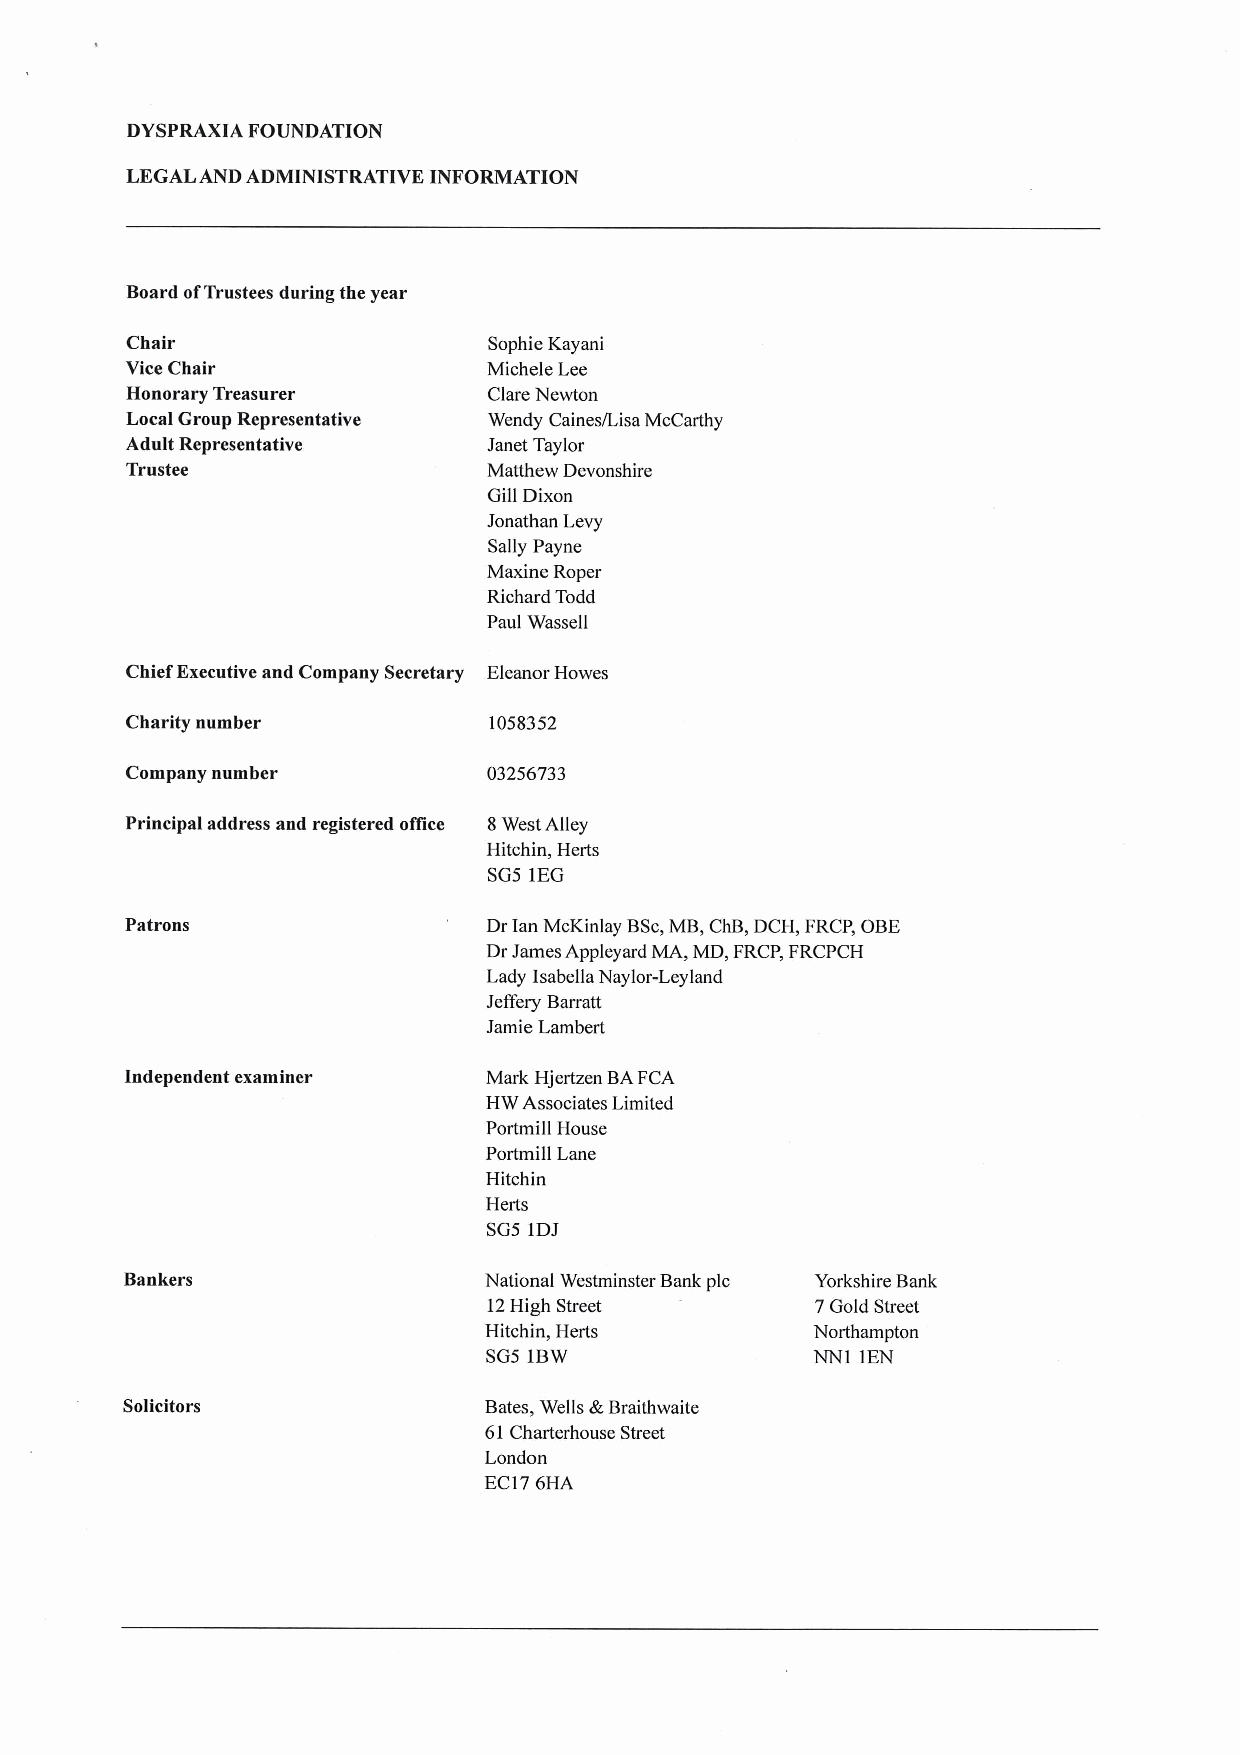
DYSPRAXIA FOUNDATION
 LEGALAND ADMINISTRATIVE INFORMATION
 Board ofTrustees during the year
 Chair                   Sophie Kayani
 Vice Chair              Michele Lee
 Honorary Treasurer      Clare Newton
 Local Group Representative Wendy Caines/Lisa McCarthy
 Adult Representative    Janet Taylor
 Trustee                 Matthew Devonshire
 Gill Dixon
 Jonathan Levy
 Sally Payne
 Maxine Roper
 Richard Todd
 Paul Wassell
 Chief Executive and Company Secretary Eleanor Howes
 Charity number          1058352
 Company number          03256733
 Principal address and registered office 8West Alley
 Hitchin, Herts
 SG5 1EG
 Patrons                 Dr Ian McKinlay BSc,MB,ChB,DCH, FRCP, OBE
 Dr James Appleyard MA, MD, FRCP,FRCPCH
 Lady Isabella Naylor-Leyland
 Jeffery Barratt
 Jamie Lambert
 Independent examiner    Mark Hjertzen BAFCA
 HW Associates Limited
 Portmill House
 Portmill Lane
 Hitchin
 Herts
 SG5 1DJ
 Bankers                 National Westminster Bank pic Yorkshire Bank
 12High Street         7Gold Street
 Hitchin, Herts        North ampton
 SG5 IBW               NN1 IEN
 Solicitors              Bates, Wells &Braithwaite
 61Charterhouse Street
 London
 EC176HA